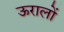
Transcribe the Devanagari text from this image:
ऊरालों